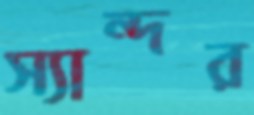
স্যান্দর